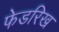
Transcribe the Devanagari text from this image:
फेडरिख